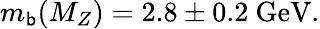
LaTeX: m_{\mathsf{b}}(M_{Z})=2.8\pm0.2\ \mathrm{{GeV}}.